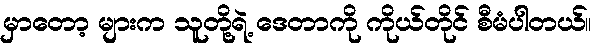
မှာတော့ များက သူတို့ရဲ့ ဒေတာကို ကိုယ်တိုင် စီမံပါတယ်။